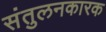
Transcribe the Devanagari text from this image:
संतुलनकारक